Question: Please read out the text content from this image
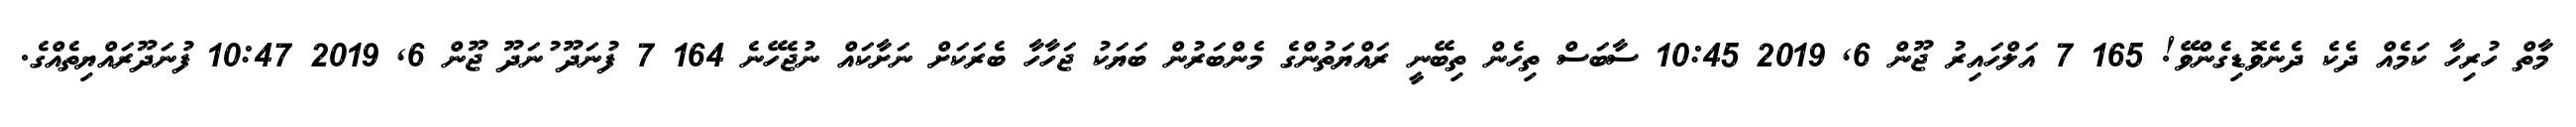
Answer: މާތް ހުރިހާ ކަމެއް ދެކެ ދެނެވޮޑިގެންވޭ! 165 7 އަލްހައިރު ޖޫން 6, 2019 10:45 ސާބަސް ތިހެން ތިބޭނީ ރައްޔަތުންގެ މެންބަރުން ބަޔަކު ޖަހާހާ ބެރަކަށް ނަށާކައް ނުޖެހޭނެ 164 7 ފުނަދޫ ުނަދޫ ޖޫން 6, 2019 10:47 ފުނަދޫރައްޔިތެއްގެ.